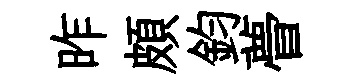
昨頗鈞瞢